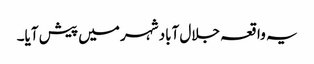
یہ واقعہ جلال آباد شہر میں پیش آیا۔